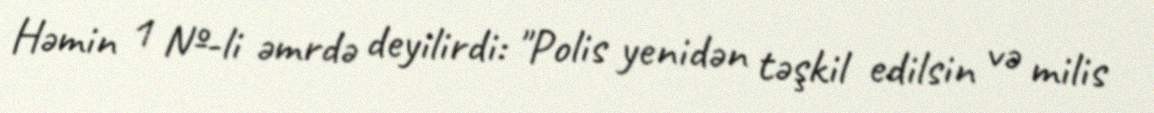
Həmin 1 №-li əmrdə deyilirdi: "Polis yenidən təşkil edilsin və milis